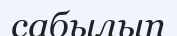
сабылып